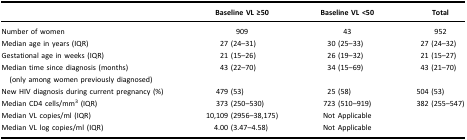
<table><thead><tr><td><b> </b></td><td><b>Baseline VL ≥50</b></td><td><b>Baseline VL &lt;50</b></td><td><b>Total</b></td></tr></thead><tbody><tr><td>Number of women</td><td>909</td><td>43</td><td>952</td></tr><tr><td>Median age in years (IQR)</td><td>27 (24–31)</td><td>30 (25–33)</td><td>27 (24–32)</td></tr><tr><td>Gestational age in weeks (IQR)</td><td>21 (15–26)</td><td>26 (19–32)</td><td>21 (15–27)</td></tr><tr><td>Median time since diagnosis (months)(only among women previously diagnosed)</td><td>43 (22–70)</td><td>34 (15–69)</td><td>43 (21–70)</td></tr><tr><td>New HIV diagnosis during current pregnancy (%)</td><td>479 (53)</td><td>25 (58)</td><td>504 (53)</td></tr><tr><td>Median CD4 cells/mm<sup>3</sup> (IQR)</td><td>373 (250–530)</td><td>723 (510–919)</td><td>382 (255–547)</td></tr><tr><td>Median VL copies/ml (IQR)</td><td>10,109 (2956–38,175)</td><td>Not Applicable</td><td> </td></tr><tr><td>Median VL log copies/ml (IQR)</td><td>4.00 (3.47–4.58)</td><td>Not Applicable</td><td> </td></tr></tbody></table>